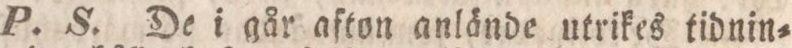
P. S. De i går afton anlände utrikes tidnin=